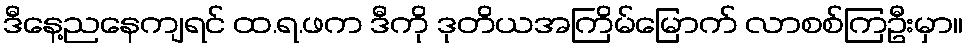
ဒီနေ့ညနေကျရင် ထ.ရ.ဖက ဒီကို ဒုတိယအကြိမ်မြောက် လာစစ်ကြဦးမှာ။